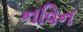
નવિન